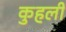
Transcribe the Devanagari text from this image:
कुहली